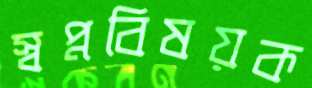
স্বপ্নবিষয়ক